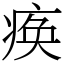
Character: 痪